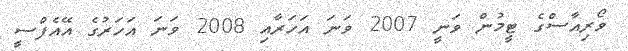
ވޯރިއާސްގެ ޓީމުން ވަނީ 2007 ވަނަ އަހަރާއި 2008 ވަނަ އަހަރުގެ އޭއެފްސީ